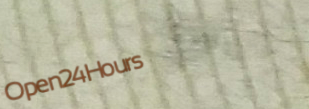
Open24Hours